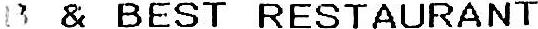
B & BEST RESTAURANT